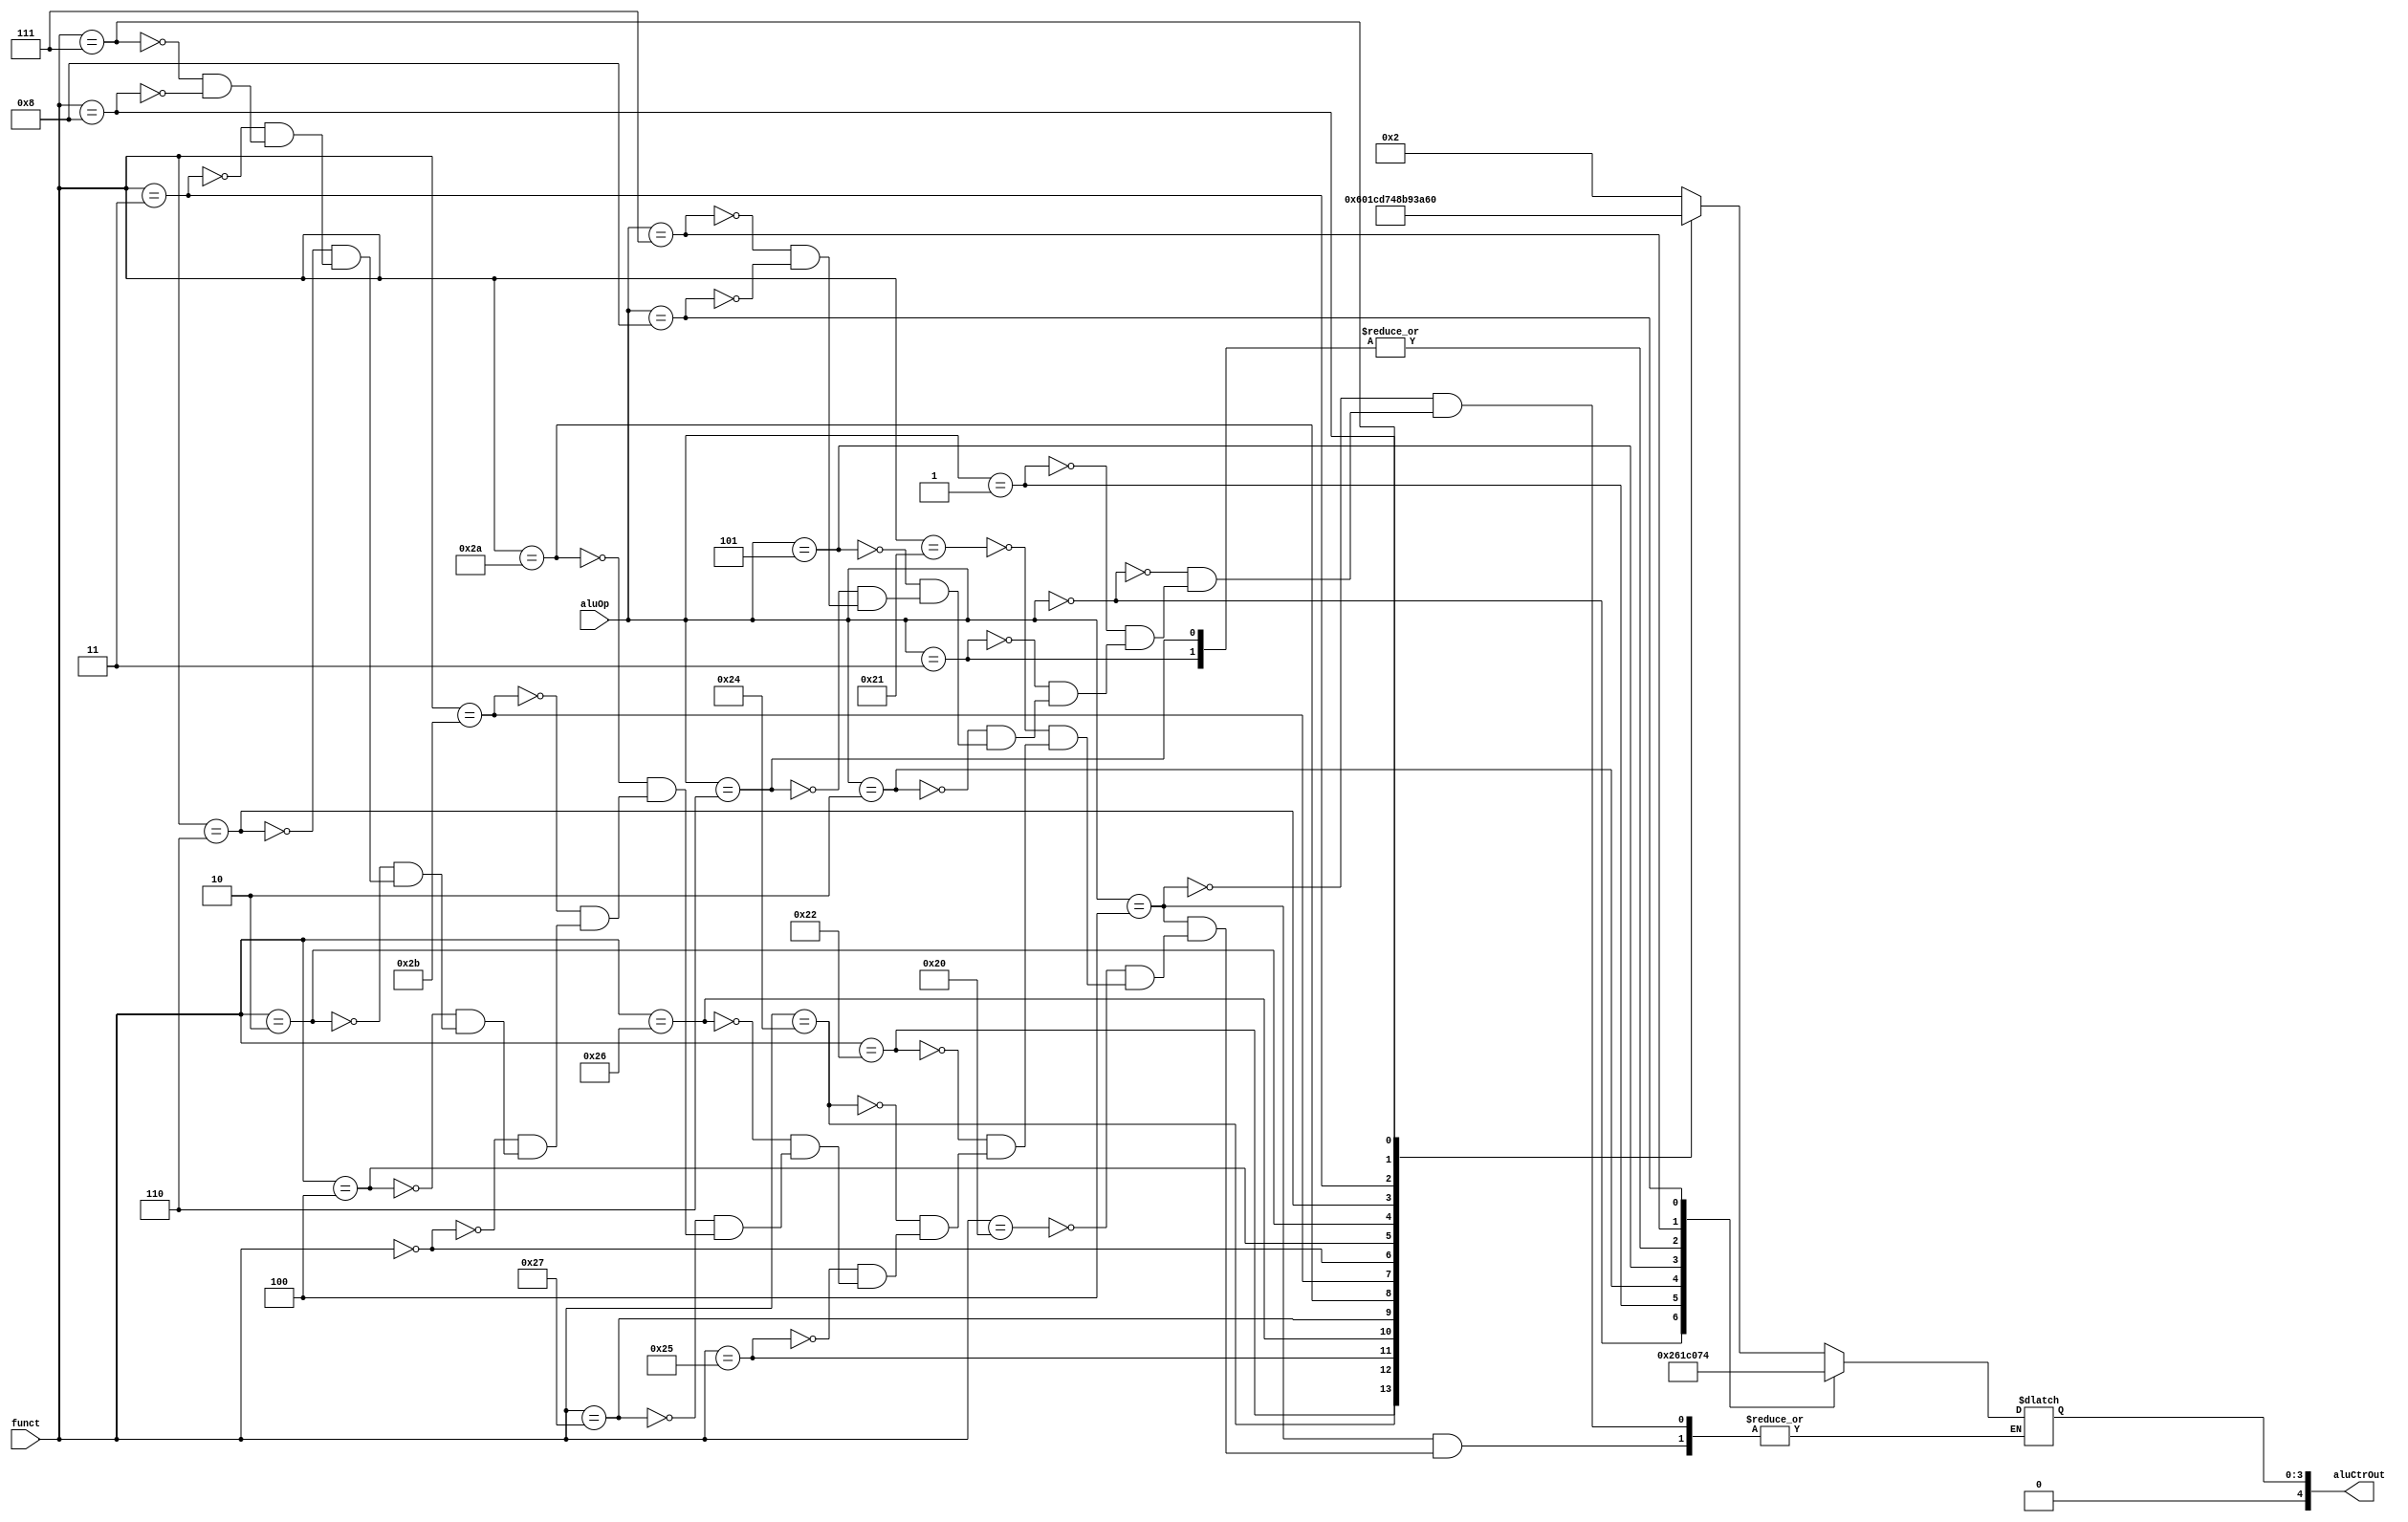
`timescale 1ns / 1ps
//////////////////////////////////////////////////////////////////////////////////
// Company: 
// Engineer: 
// 
// Design Name: 
// Module Name: ALUCtr
// Project Name: 
// Target Devices: 
// Tool Versions: 
// Description: 
// 
// Dependencies: 
// 
// Revision:
// Revision 0.01 - File Created
// Additional Comments:
// 
//////////////////////////////////////////////////////////////////////////////////


module ALUCtr(
    input [5:0] funct,
    input [3:0] aluOp,
    output [4:0] aluCtrOut
    );
    reg [3:0] ALUCtrOut;
    
    // 00010 | Add
    // 00110 | Sub
    // 00000 | And
    // 00001 | Or
    // 01100 | xor
    // 01101 | nor
    // 00111 | slt
    // 00100 | sltu
    // 01000 | sll
    // 01001 | srl
    // 01010 | sra
    // 01011 | sllv
    // 00011 | srlv
    // 00101 | srav
    // 01111 | jr
    // 10000 | lui
    
    always @ (aluOp or funct)
    begin
        case (aluOp)
        4'b0100:
        begin
            case (funct)
            6'b100000 : ALUCtrOut = 5'b00010;
            6'b100001 : ALUCtrOut = 5'b00010;
            6'b100010 : ALUCtrOut = 5'b00110;
            6'b100010 : ALUCtrOut = 5'b00110;
            6'b100100 : ALUCtrOut = 5'b00000;    // AND
            6'b100101 : ALUCtrOut = 5'b00001;    // OR
            6'b100110 : ALUCtrOut = 5'b01100;    // XOR
            6'b100111 : ALUCtrOut = 5'b01101;    // NOR
            6'b101010 : ALUCtrOut = 5'b00111;    // SLT
            6'b101011 : ALUCtrOut = 5'b00100;    // SLTU
            6'b000000 : ALUCtrOut = 5'b01000;    // SLL
            6'b000100 : ALUCtrOut = 5'b01011;    // SLLV
            6'b000010 : ALUCtrOut = 5'b01001;    // SRL
            6'b000110 : ALUCtrOut = 5'b00011;    // SRLV
            6'b000011 : ALUCtrOut = 5'b01010;    // SRA
            6'b000111 : ALUCtrOut = 5'b00101;    // SRAV
            6'b001000 : ALUCtrOut = 5'b01111;    // JR
            endcase
        end
        4'b0000 : ALUCtrOut = 5'b00010;
        4'b0001 : ALUCtrOut = 5'b00110;
        4'b0011 : ALUCtrOut = 5'b00000;
        4'b0010 : ALUCtrOut = 5'b00001;
        4'b0101 : ALUCtrOut = 5'b01100;
        4'b0110 : ALUCtrOut = 5'b10000;
        4'b0111 : ALUCtrOut = 5'b00111;
        4'b1000 : ALUCtrOut = 5'b00100;
        endcase
    end
    assign aluCtrOut = ALUCtrOut;
endmodule